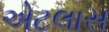
એટલાસ